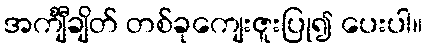
အင်္ကျီချိတ် တစ်ခုကျေးဇူးပြု၍ ပေးပါ။